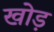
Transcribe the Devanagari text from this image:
खोड़